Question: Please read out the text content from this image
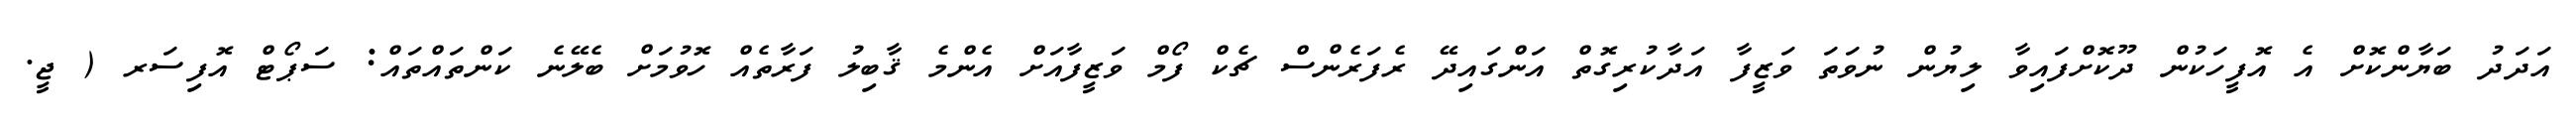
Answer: އަދަދު ބަޔާންކޮށް އެ އޮފީހަކުން ދޫކޮށްފައިވާ ލިޔުން ނުވަތަ ވަޒީފާ އަދާކުރިގޮތް އަންގައިދޭ ރެފަރެންސް ޗެކް ފޯމް ވަޒީފާއަށް އެންމެ ޤާބިލު ފަރާތެއް ހޮވުމަށް ބެލޭނެ ކަންތައްތައް: ސަޕޯޓް އޮފިސަރ ( ޖީ.